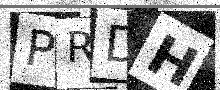
Text: PRDH